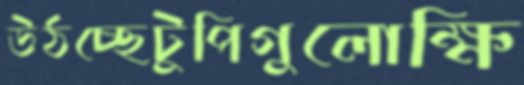
উঠচ্ছেটুপিগুলোক্ষি